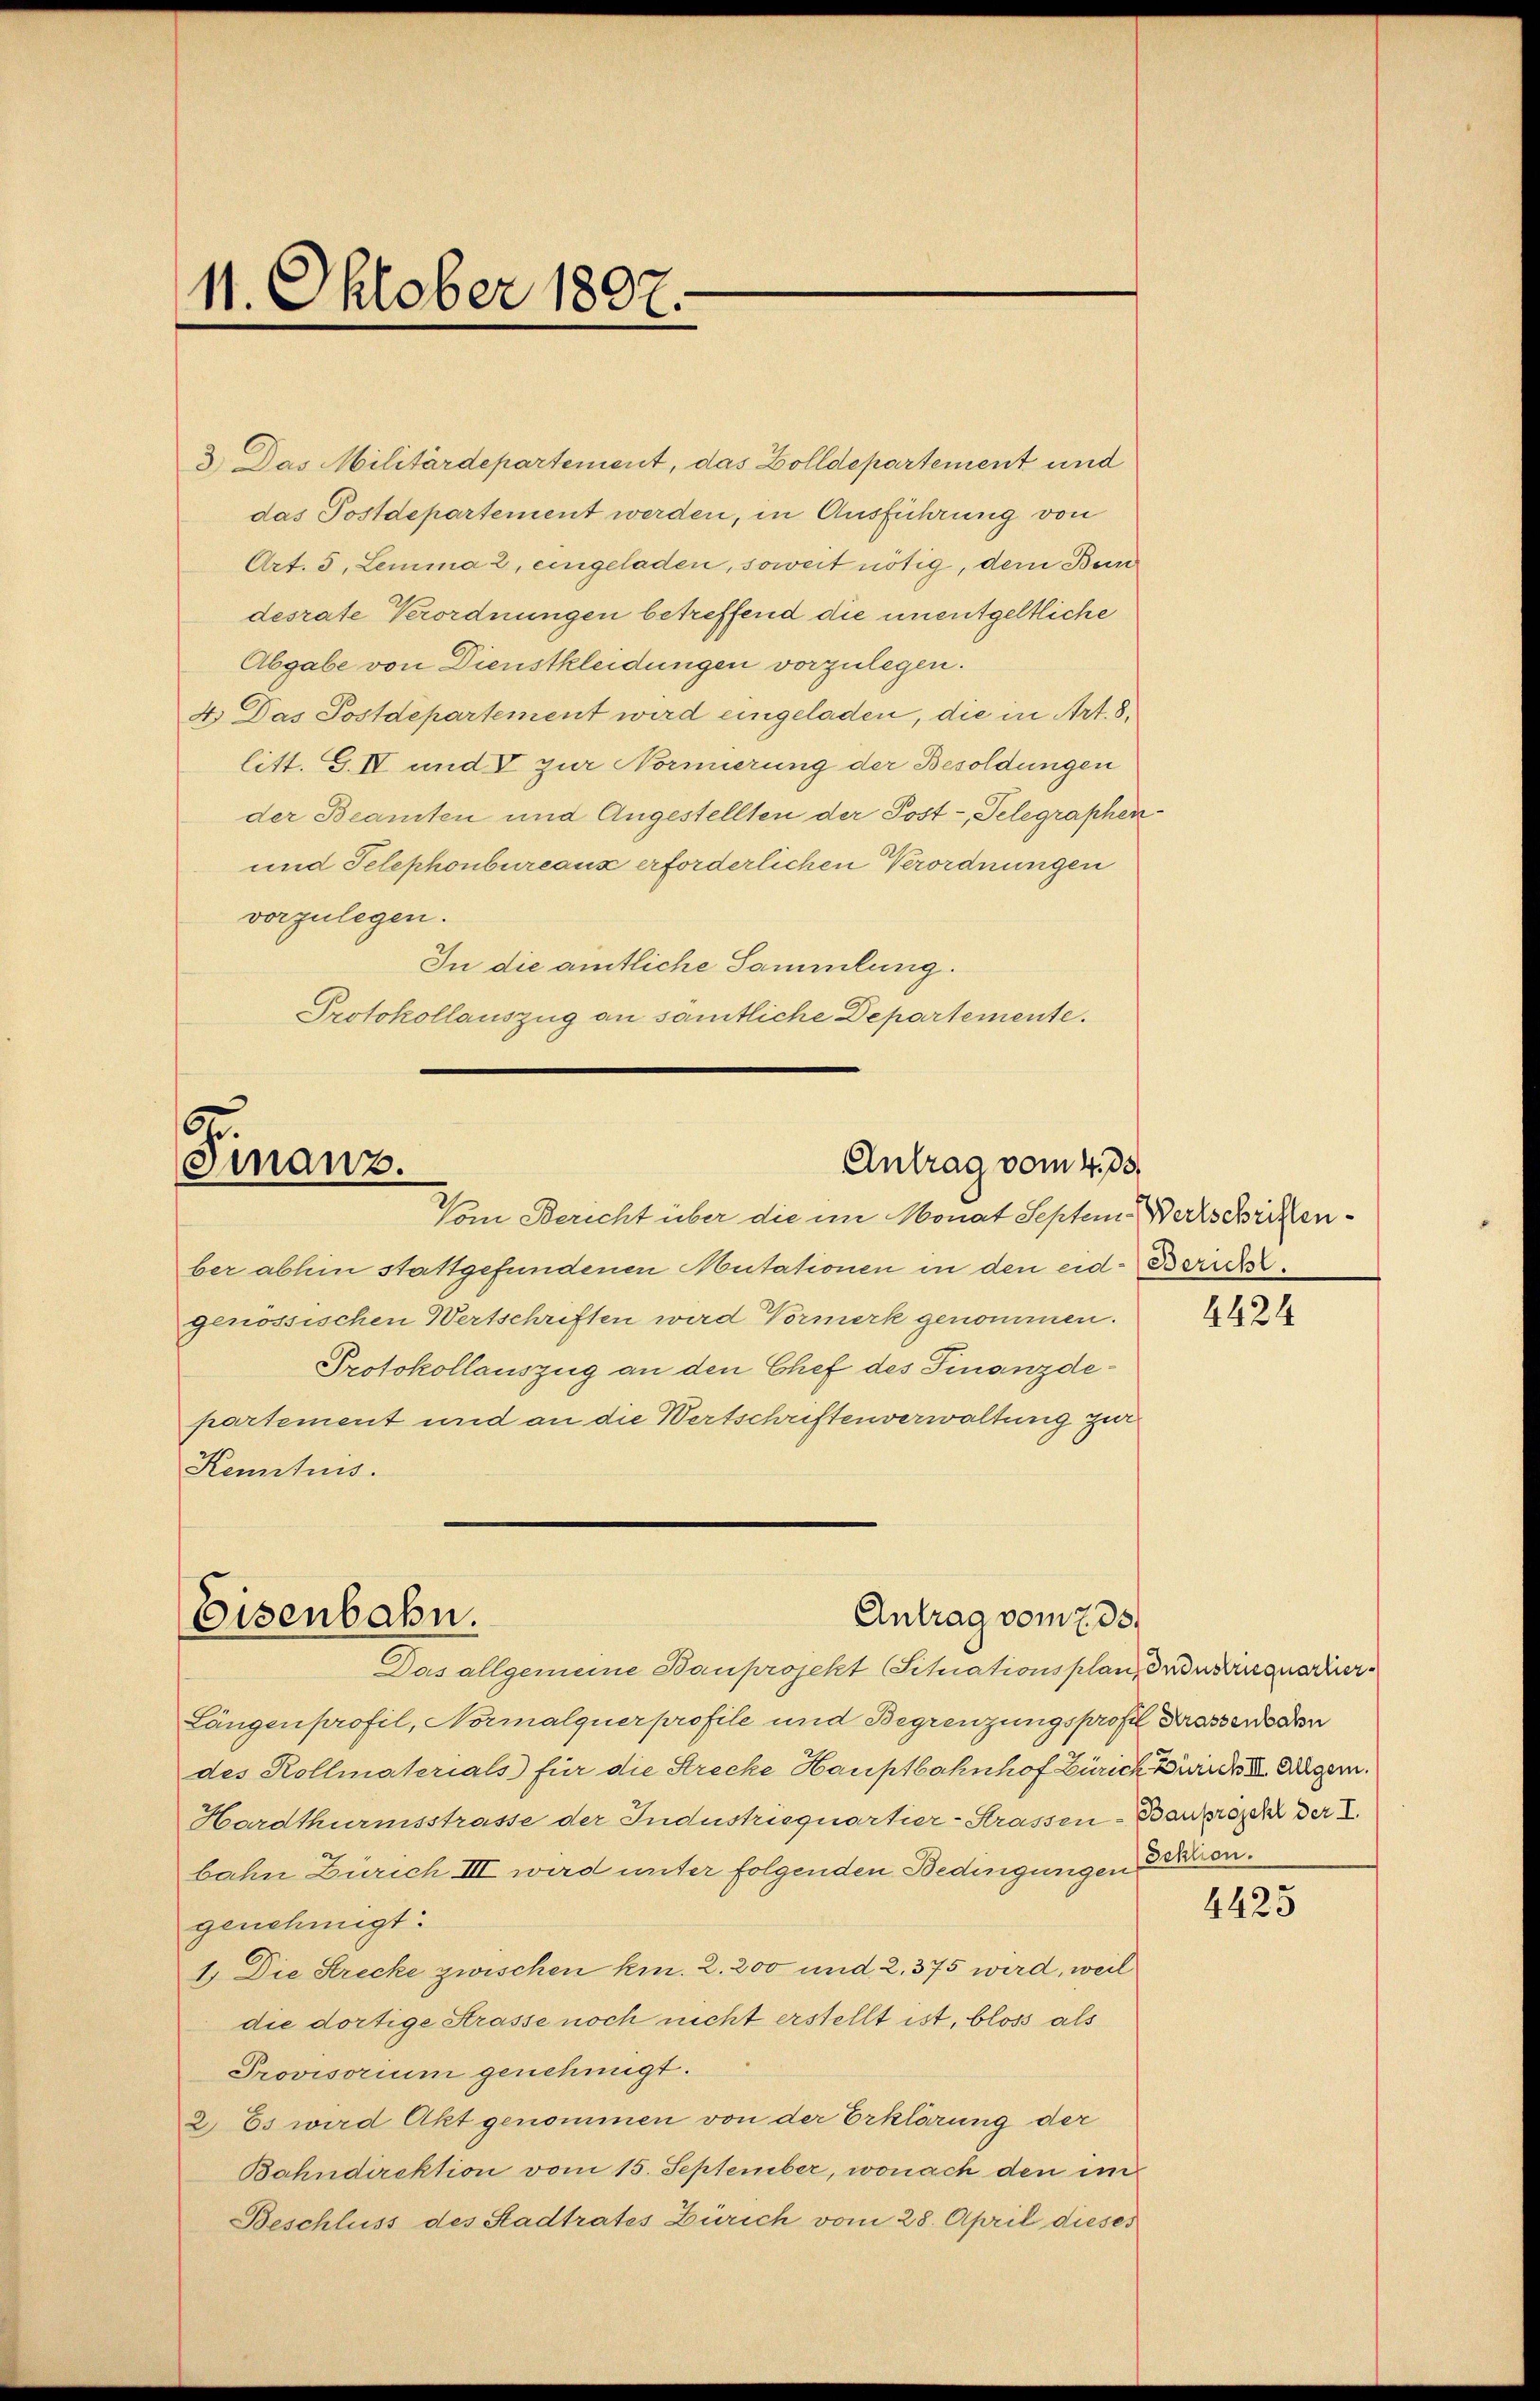
11. Oktober 1897.

3.) Das Militärdepartement, das Zolldepartement und
das Postdepartement werden, in Ausführung von
Art. 3, Lemma 2, eingeladen, soweit nötig, dem Bun
desrate Verordnungen betreffend die unentgeltliche
Abgabe von Dienstkleidungen vorzulegen.
4. Das Postdepartement wird eingeladen, die in Art. 8,
litt. G. II und V zur Normierung der Besoldungen
der Beamten und Angestellten der Post-, Telegraphen
und Telephonbureaux erforderlichen Verordnungen
vorzulegen.
In die amtliche Sammlung.
Protokollauszug an samtliche Departemente.

Antrag vom 4. 35.
Finanz.
Vom Bericht über die im Monat Septem Werkschriften¬

ber abhin stattgefundenen Autationen in den eid. Bericht.
genössischen Wertschriften wird Vormerk genommen.
Protokollauszug an den Chef des Finanzdepartement und an die Wertschriftenverwaltung zur
Kenntnis.

Antrag vom 7. 33.
Eisenbahn.
Das allgemeine Bauprojekt Situationsplanz ordnerquartier¬

Längenprofil, Normalquer profile und Begrenzungsprofes Brasserorden
des Kollmaterials für die Strecke Hauptbahnhof Zürich, wiede III. Augen.
Hardthurmsstrasse der Industriequartier-Strassen-Banprojekt der I
bahn Zürich III wird unter folgenden Bedingungen Zehen.
genehmigt.
1. Die Strecke zwischen kn. 2. 200 und 2, 375 wird, weil
die dortige Strasse noch nicht erstellt ist, bloss als
Provisorium genehmigt.
2) Es wird Akt genommen von der Erklärung der
Bahndirektion vom 15. September, wonach den im
Beschluss des Stadtrates Zürich vom 28. April dieses

4424

4425